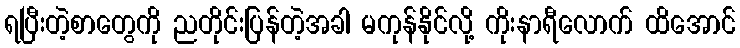
ရပြီးတဲ့စာတွေကို ညတိုင်းပြန်တဲ့အခါ မကုန်နိုင်လို့ ကိုးနာရီလောက် ထိအောင်